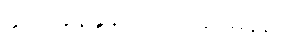
နှလုံးခုန်နှုန်း - ၇၂ ခု/မိနစ်